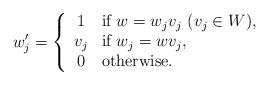
LaTeX: \begin{align*}w'_j =\left\{\begin{array}{cl} 1 & \mbox{if}\ w = w_j v_j\ (v_j\in W), \\v_j & \mbox{if}\ w_j = w v_j, \\ 0 & \mbox{otherwise}.\end{array}\right.\end{align*}